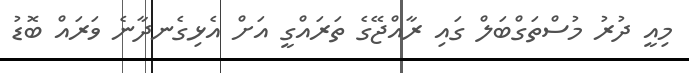
މިއީ ދުރު މުސްތަގްބަލް ގައިި ރާއްޖޭގެ ތަރައްގީ އަށް އެޅިގެނދާނެ ވަރައް ބޮޑު